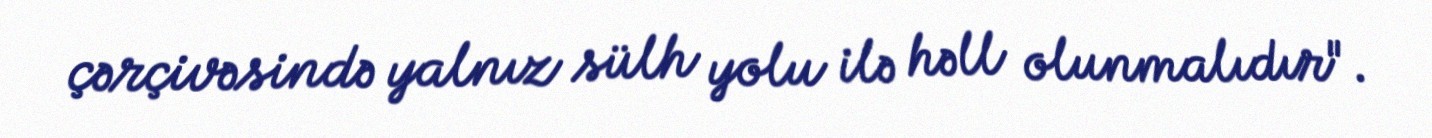
çərçivəsində yalnız sülh yolu ilə həll olunmalıdır".